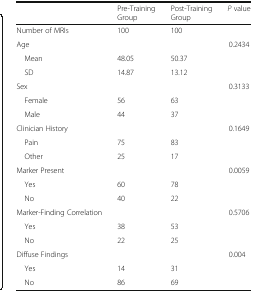
<table><thead><tr><td></td><td><b>Pre-Training Group</b></td><td><b>Post-Training Group</b></td><td><b><i>P</i> value</b></td></tr></thead><tbody><tr><td>Number of MRIs</td><td>100</td><td>100</td><td></td></tr><tr><td>Age</td><td></td><td></td><td>0.2434</td></tr><tr><td> Mean</td><td>48.05</td><td>50.37</td><td></td></tr><tr><td> SD</td><td>14.87</td><td>13.12</td><td></td></tr><tr><td>Sex</td><td></td><td></td><td>0.3133</td></tr><tr><td> Female</td><td>56</td><td>63</td><td></td></tr><tr><td> Male</td><td>44</td><td>37</td><td></td></tr><tr><td>Clinician History</td><td></td><td></td><td>0.1649</td></tr><tr><td> Pain</td><td>75</td><td>83</td><td></td></tr><tr><td> Other</td><td>25</td><td>17</td><td></td></tr><tr><td>Marker Present</td><td></td><td></td><td>0.0059</td></tr><tr><td> Yes</td><td>60</td><td>78</td><td></td></tr><tr><td> No</td><td>40</td><td>22</td><td></td></tr><tr><td>Marker-Finding Correlation</td><td></td><td></td><td>0.5706</td></tr><tr><td> Yes</td><td>38</td><td>53</td><td></td></tr><tr><td> No</td><td>22</td><td>25</td><td></td></tr><tr><td>Diffuse Findings</td><td></td><td></td><td>0.004</td></tr><tr><td> Yes</td><td>14</td><td>31</td><td></td></tr><tr><td> No</td><td>86</td><td>69</td><td></td></tr></tbody></table>